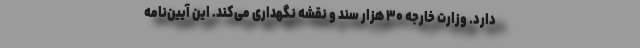
دارد. وزارت خارجه ۳۰ هزار سند و نقشه نگهداری می‌کند. این آیین‌نامه